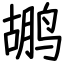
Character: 鹕